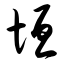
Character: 垣